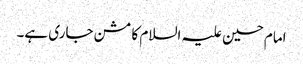
امام حسین علیہ السلام کا مشن جاری ہے۔